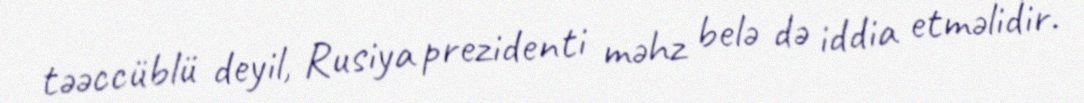
təəccüblü deyil, Rusiya prezidenti məhz belə də iddia etməlidir.